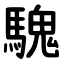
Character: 騩